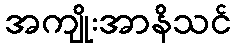
အကျိုးအာနိသင်